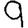
Digit: 9